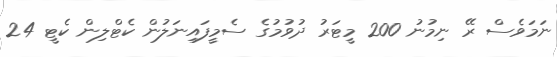
ނަމަވެސް ރޭ ނިމުނު 200 މީޓަރު ދުވުމުގެ ސެމީފައިނަލުން ކެޓްލިން ކެޓީ 24